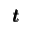
\pmb { t }